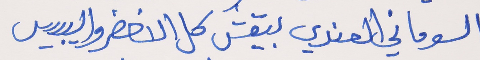
السوماني العندي بيقش     كل الاخضر واليبيس